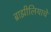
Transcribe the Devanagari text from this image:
ब्राझीलियाचे